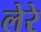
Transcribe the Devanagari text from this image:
लेरे